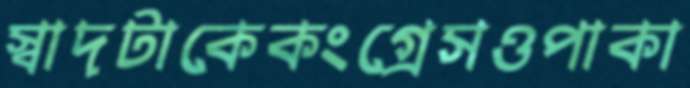
স্বাদটাকেকংগ্রেসওপাকা